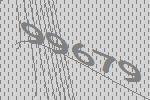
99679